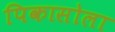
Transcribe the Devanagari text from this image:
पिकासोला